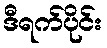
ဒီရက်ပိုင်း